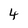
Character: 4